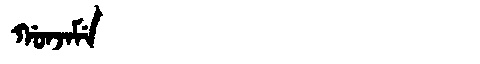
Manchu: ᡤᠣᠨᠵᠠᠮᡝ
Romanization: GONJAME